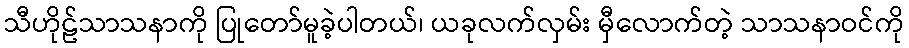
သီဟိုဠ်သာသနာကို ပြုတော်မူခဲ့ပါတယ်၊ ယခုလက်လှမ်း မှီလောက်တဲ့ သာသနာဝင်ကို